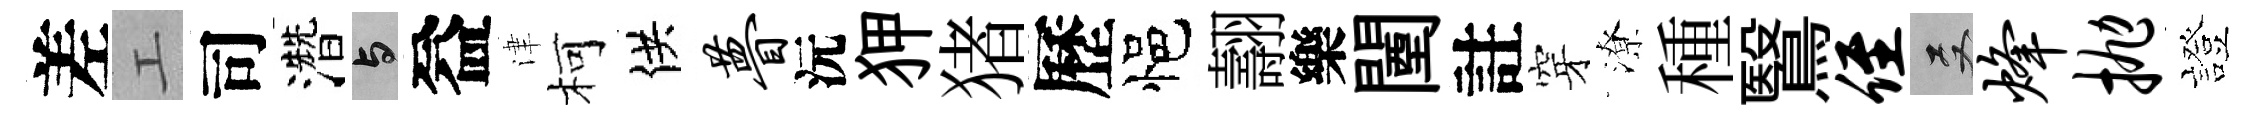
差工司濳与益津柯供瞢沅狎猪歷悒翿樂闉註穿潦種鷖侄双烽抛證